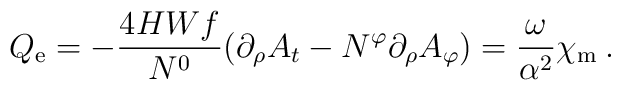
Q_{\rm e}=-\frac{4HWf}{N^0}(\partial_{\rho}A_t-N^{\varphi} \partial_{\rho} A_{\varphi})=\frac{\omega}{\alpha^2}   \chi_{\rm m} \:.